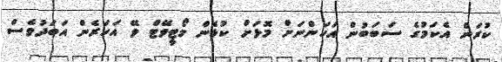
ކުރަން އެކަމުގެ ސަބަބުން އަހަންނަށް މޮޅަށް ކުޅެން މޯޓީވޭޓް ވޭ އަހަރެން އަބަދުވެސް